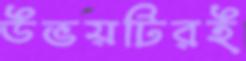
উভয়টিরই